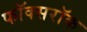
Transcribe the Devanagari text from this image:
फॉक्सरॉक